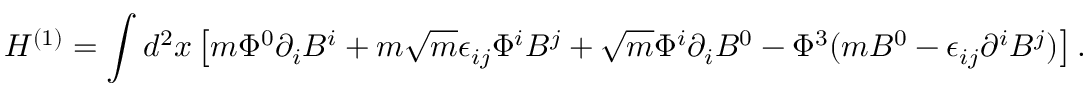
H ^ { ( 1 ) } = \int d ^ { 2 } x \left[ m \Phi ^ { 0 } \partial _ { i } B ^ { i } + m \sqrt { m } \epsilon _ { i j } \Phi ^ { i } B ^ { j } + \sqrt { m } \Phi ^ { i } \partial _ { i } B ^ { 0 } - \Phi ^ { 3 } ( m B ^ { 0 } - \epsilon _ { i j } \partial ^ { i } B ^ { j } ) \right] .